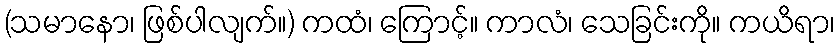
(သမာနော၊ ဖြစ်ပါလျက်။) ကထံ၊ ကြောင့်။ ကာလံ၊ သေခြင်းကို။ ကယိရာ၊